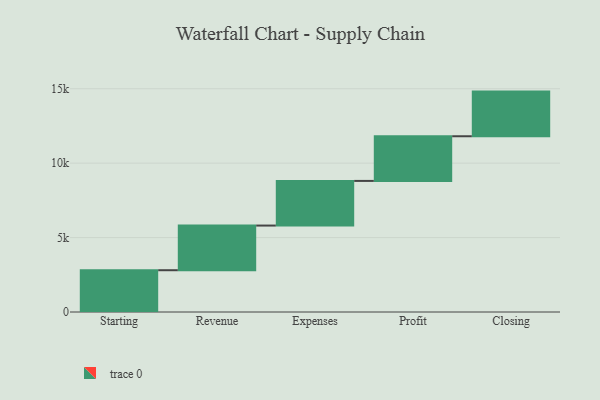
{"axis": {"x": "Step", "y": "Value"}, "legend": [""], "data": [{"x": "Starting", "y": 2807.0, "type": ""}, {"x": "Revenue", "y": 3000, "type": ""}, {"x": "Expenses", "y": 3000, "type": ""}, {"x": "Profit", "y": 3000, "type": ""}, {"x": "Closing", "y": 3000, "type": ""}]}